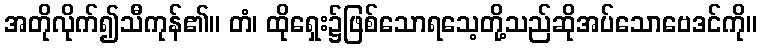
အတိုလိုက်၍သီကုန်၏။ တံ၊ ထိုရှေး၌ဖြစ်သောရသေ့တို့သည်ဆိုအပ်သောဗေဒင်ကို။